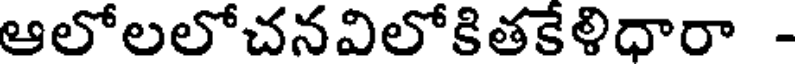
ఆలోలలోచనవిలోకితకేళిధారా -